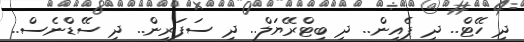
ދި ހޭޓް.. ދި ޕެއިން.. ދި ބިޓްރޭޔަލް.. ދި ސަފަރިން.. ދި ސޭޑްނެސް..